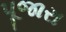
પૂજારા